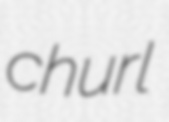
churl